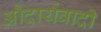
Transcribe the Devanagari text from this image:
औदार्यवादी